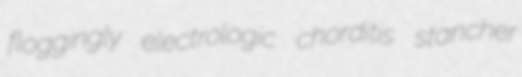
floggingly electrologic chorditis stancher